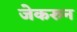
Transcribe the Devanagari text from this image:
जेकरुन